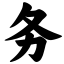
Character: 务